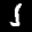
Label: 1